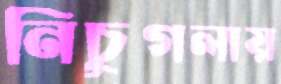
নিচুগলায়